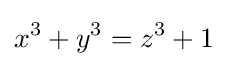
x^{3}+y^{3}=z^{3}+1